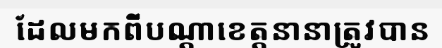
ដែលមកពីបណ្តាខេត្តនានាត្រូវបាន